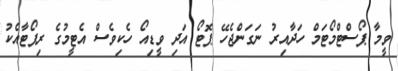
ވީމާ ޕޯސްޓްމޯޓަމް ހަދާއިރު ނަގަންޖެހޭ ޕޮޓޯ އަދި ވީޑިއޯ ހެކިވެސް އެޓީމުގެ ރިޕޯޓާއެކު